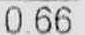
0.66